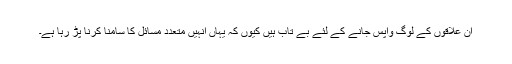
ان علاقوں کے لوگ واپس جانے کے لئے بے تاب ہیں کیوں کہ یہاں انہیں متعدد مسائل کا سامنا کرنا پڑ رہا ہے۔